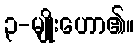
၃-မျိုးဟော၏။